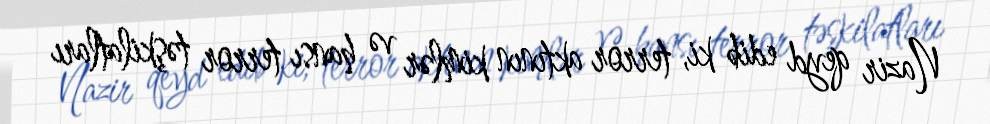
Nazir qeyd edib ki, terror aktının kimlər və hansı terror təşkilatları